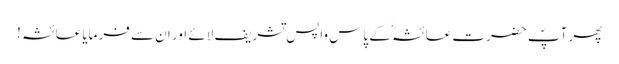
پھر آپؐ حضرت عائشہؓ کے پاس واپس تشریف لائے اور ان سے فرمایا عائشہ !